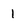
Character: 1